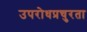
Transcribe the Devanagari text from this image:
उपरोधप्रचुरता